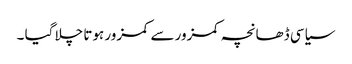
سیاسی ڈھانچہ کمزور سے کمزور ہوتا چلا گیا ۔